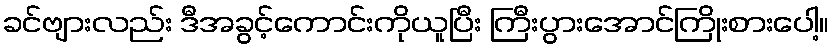
ခင်ဗျားလည်း ဒီအခွင့်ကောင်းကိုယူပြီး ကြီးပွားအောင်ကြိုးစားပေါ့။